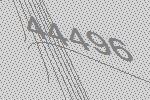
44496